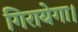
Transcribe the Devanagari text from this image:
गिरायेगा।